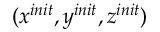
( x ^ { i n i t } , y ^ { i n i t } , z ^ { i n i t } )